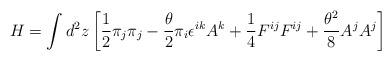
LaTeX: \begin{align*}H = \int d^2z \left[ \frac{1}{2}\pi_j\pi_j-\frac{\theta}{2}\pi_i\epsilon ^{ik}A^k+\frac{1}{4}F^{ij}F^{ij}+\frac{\theta ^2}{8}A^jA^j \right]\end{align*}